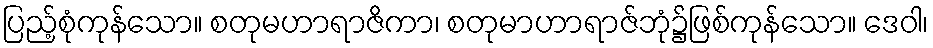
ပြည့်စုံကုန်သော။ စတုမဟာရာဇိကာ၊ စတုမာဟာရာဇ်ဘုံ၌ဖြစ်ကုန်သော။ ဒေဝါ၊